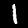
Label: 1